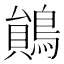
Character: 𪃰